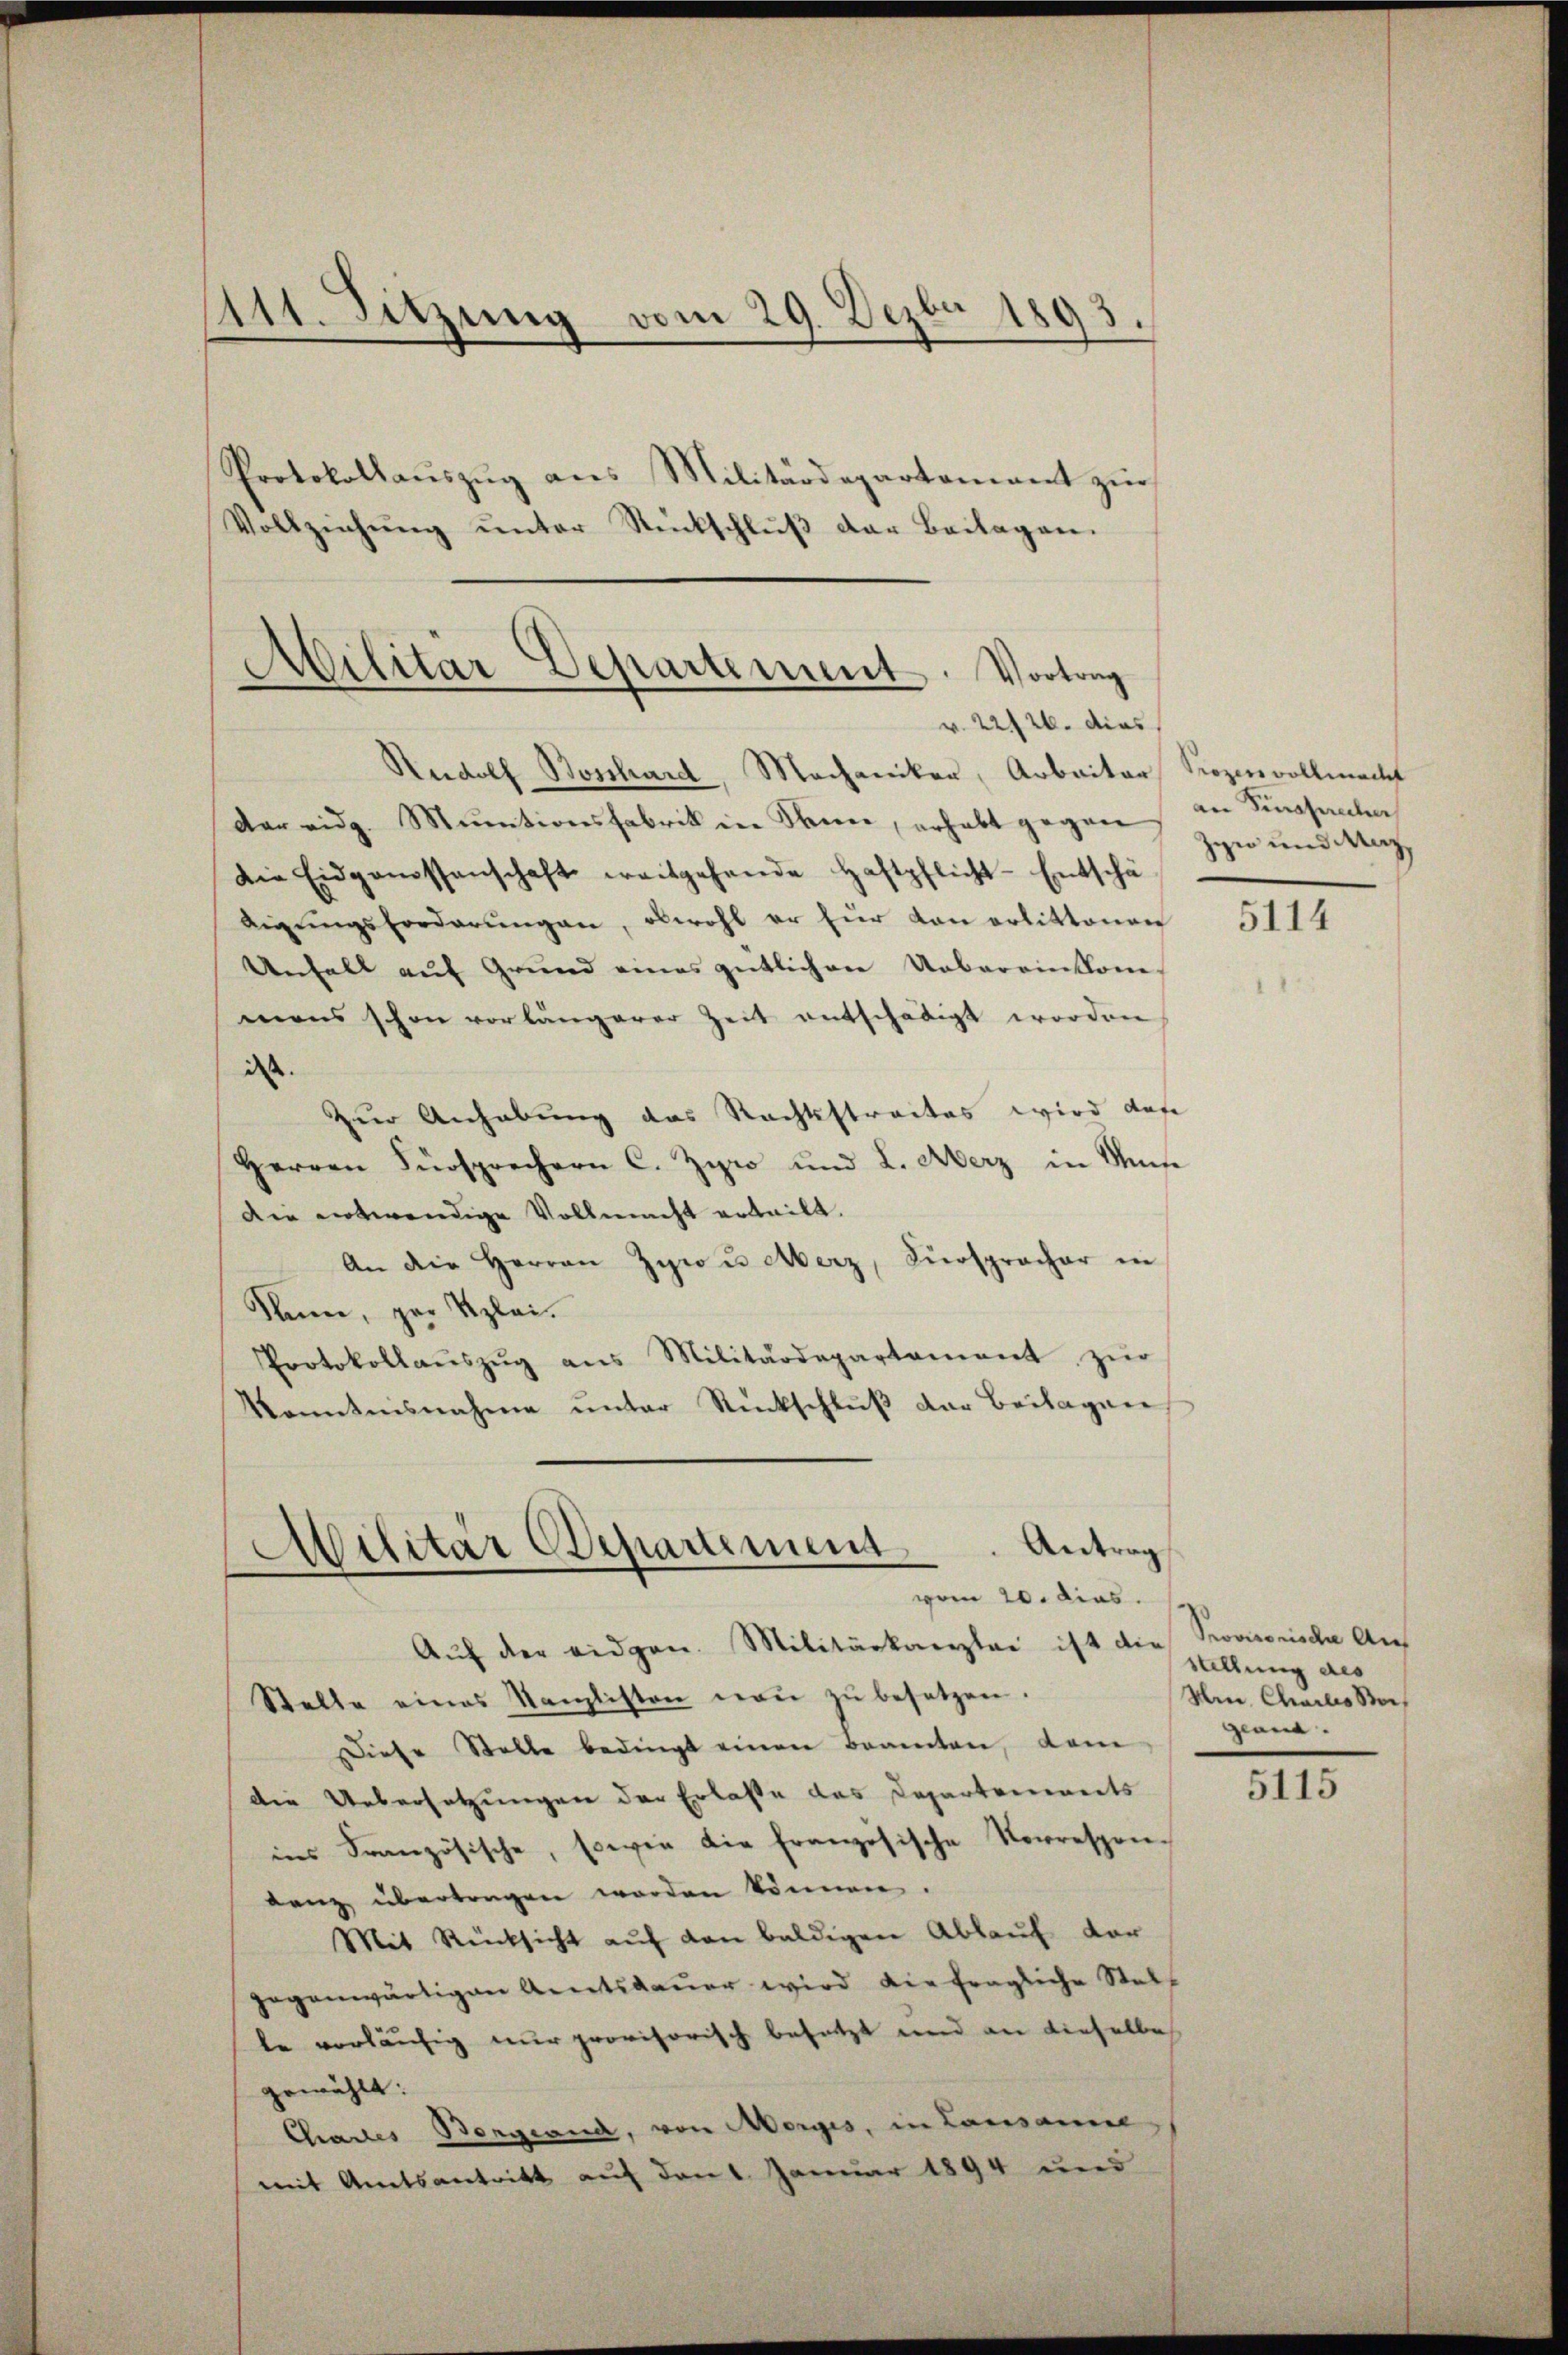
111. Sitzung vom 29. Dezbr 1893.
.

Protokollaŭszŭg ans Militärdepartamant zŭr
Vollziehŭng ŭnter Rückschlŭβ der Beilagen.

Militär Departement. Vortrag
v. 22126. dies

Rudolf Bossard, Mechaniker, Arbeiter Prozessvollmacht
dar eidg. Muntionsfabrik in Seien, erhebt gegen an Singsanten
Die Eidgenossenschaft weitgehende Haftpflicht-Entschä
digŭngsforderŭngen, obwohl er für dan erlittenen
Unfall auf Grund eines gütlichen Uebereinkone-
mens schon vorlängerer Zeit entschädigt worden
dass
Zur Anhabung das Rechtsstraites wird das
Herren Fürsprechern C. Zyro und L. Merz in Un
Die entwendige Vollmacht erteilt.
An die Herren Zyr u. Merz, Fürspracher in
Slan, der Klei¬
Protokollaŭszŭg ans Militärdepartament zŭr
Kenntnisnahme unter Rückschluß der Beilagen
Militär Departement. Antrag
vom 20. dies

Aŭf der eidgen. Militärkanzlei ist die Provisorische Auf
Stelle eines Kanzlisten naŭ zŭ besetzen.
Diese Stelle bedingt einen Beamten, dem
die Uebersetzungen der Erlasse das Departements
ins Französische, sowie die französische Vorrespon-
lanz überlangen worden können.
Mit Rücksicht aŭf den baldigen Ablauf vor
gegenwärtigen Amtsdaŭer wird die fragliche Stell
te vorläufig nur provisorisch besetzt und an dieselbe
gewählt:
Challes Bergwand, von Morges, in Lausanne
mit Amtsantritt auf den 1 Januar 1894 und

Zye und Merz,

5114

sallung des
Hn. Charlis Steigean

5115